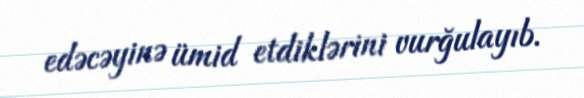
edəcəyinə ümid etdiklərini vurğulayıb.